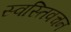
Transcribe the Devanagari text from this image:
स्वस्तिवचन